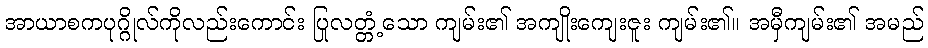
အာယာစကပုဂ္ဂိုလ်ကိုလည်းကောင်း ပြုလတ္တံ့သော ကျမ်း၏ အကျိုးကျေးဇူး ကျမ်း၏။ အမှီကျမ်း၏ အမည်